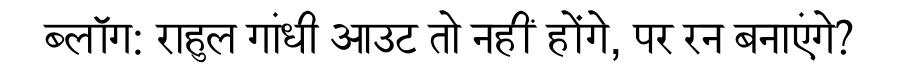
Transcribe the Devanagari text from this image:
ब्लॉग: राहुल गांधी आउट तो नहीं होंगे, पर रन बनाएंगे?